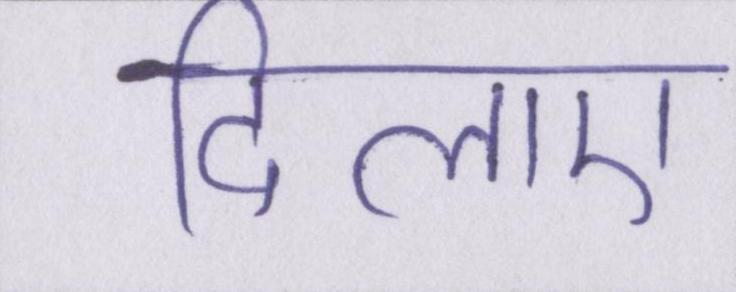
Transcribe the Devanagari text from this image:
दिलाए